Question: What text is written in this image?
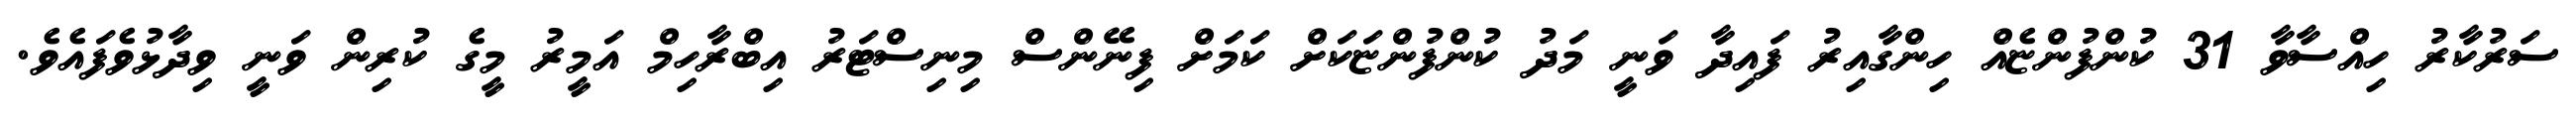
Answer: ސަރުކާރު ހިއްސާވާ 31 ކުންފުންޏެއް ހިންގާއިރު ފައިދާ ވަނީ މަދު ކުންފުންޏަކަށް ކަމަށް ފިނޭންސް މިނިސްޓަރު އިބްރާހިމް އަމީރު މީގެ ކުރިން ވަނީ ވިދާޅުވެފައެވެ.